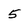
Character: 5